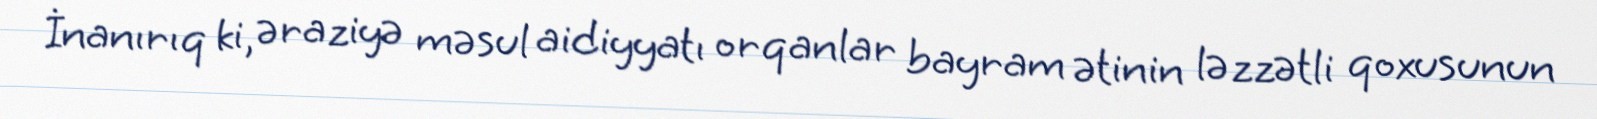
İnanırıq ki, əraziyə məsul aidiyyatı orqanlar bayram ətinin ləzzətli qoxusunun